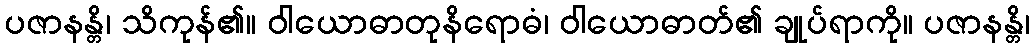
ပဇာနန္တိ၊ သိကုန်၏။ ဝါယောဓာတုနိရောဓံ၊ ဝါယောဓာတ်၏ ချုပ်ရာကို။ ပဇာနန္တိ၊